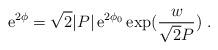
LaTeX: \begin{align*}{\mbox{e}}^{2\phi} = \sqrt{2} |P| \, {\mbox{e}}^{2\phi_0} \,\mbox{exp}(\frac{w}{\sqrt{2} P}) \ .\end{align*}